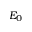
E _ { 0 }